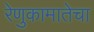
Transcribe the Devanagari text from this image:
रेणुकामातेचा